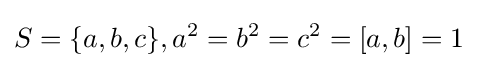
S=\{a,b,c\},a^{2}=b^{2}=c^{2}=[a,b]=1